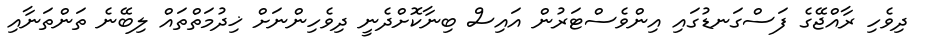
ދިވެހި ރާއްޖޭގެ ފަސްގަނޑުގައި އިންވެސްޓަރުން އައިސް ބިނާކޮށްދެނީ ދިވެހިންނަށް ޚިދުމަތްތައް ލިބޭނެ ތަންތަނާއި